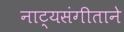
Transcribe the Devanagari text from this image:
नाट्यसंगीताने